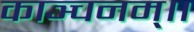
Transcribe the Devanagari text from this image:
काञ्चनम्।।